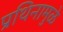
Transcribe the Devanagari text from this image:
प्रथिनामुळे